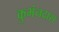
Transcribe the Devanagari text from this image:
कुभंनदास